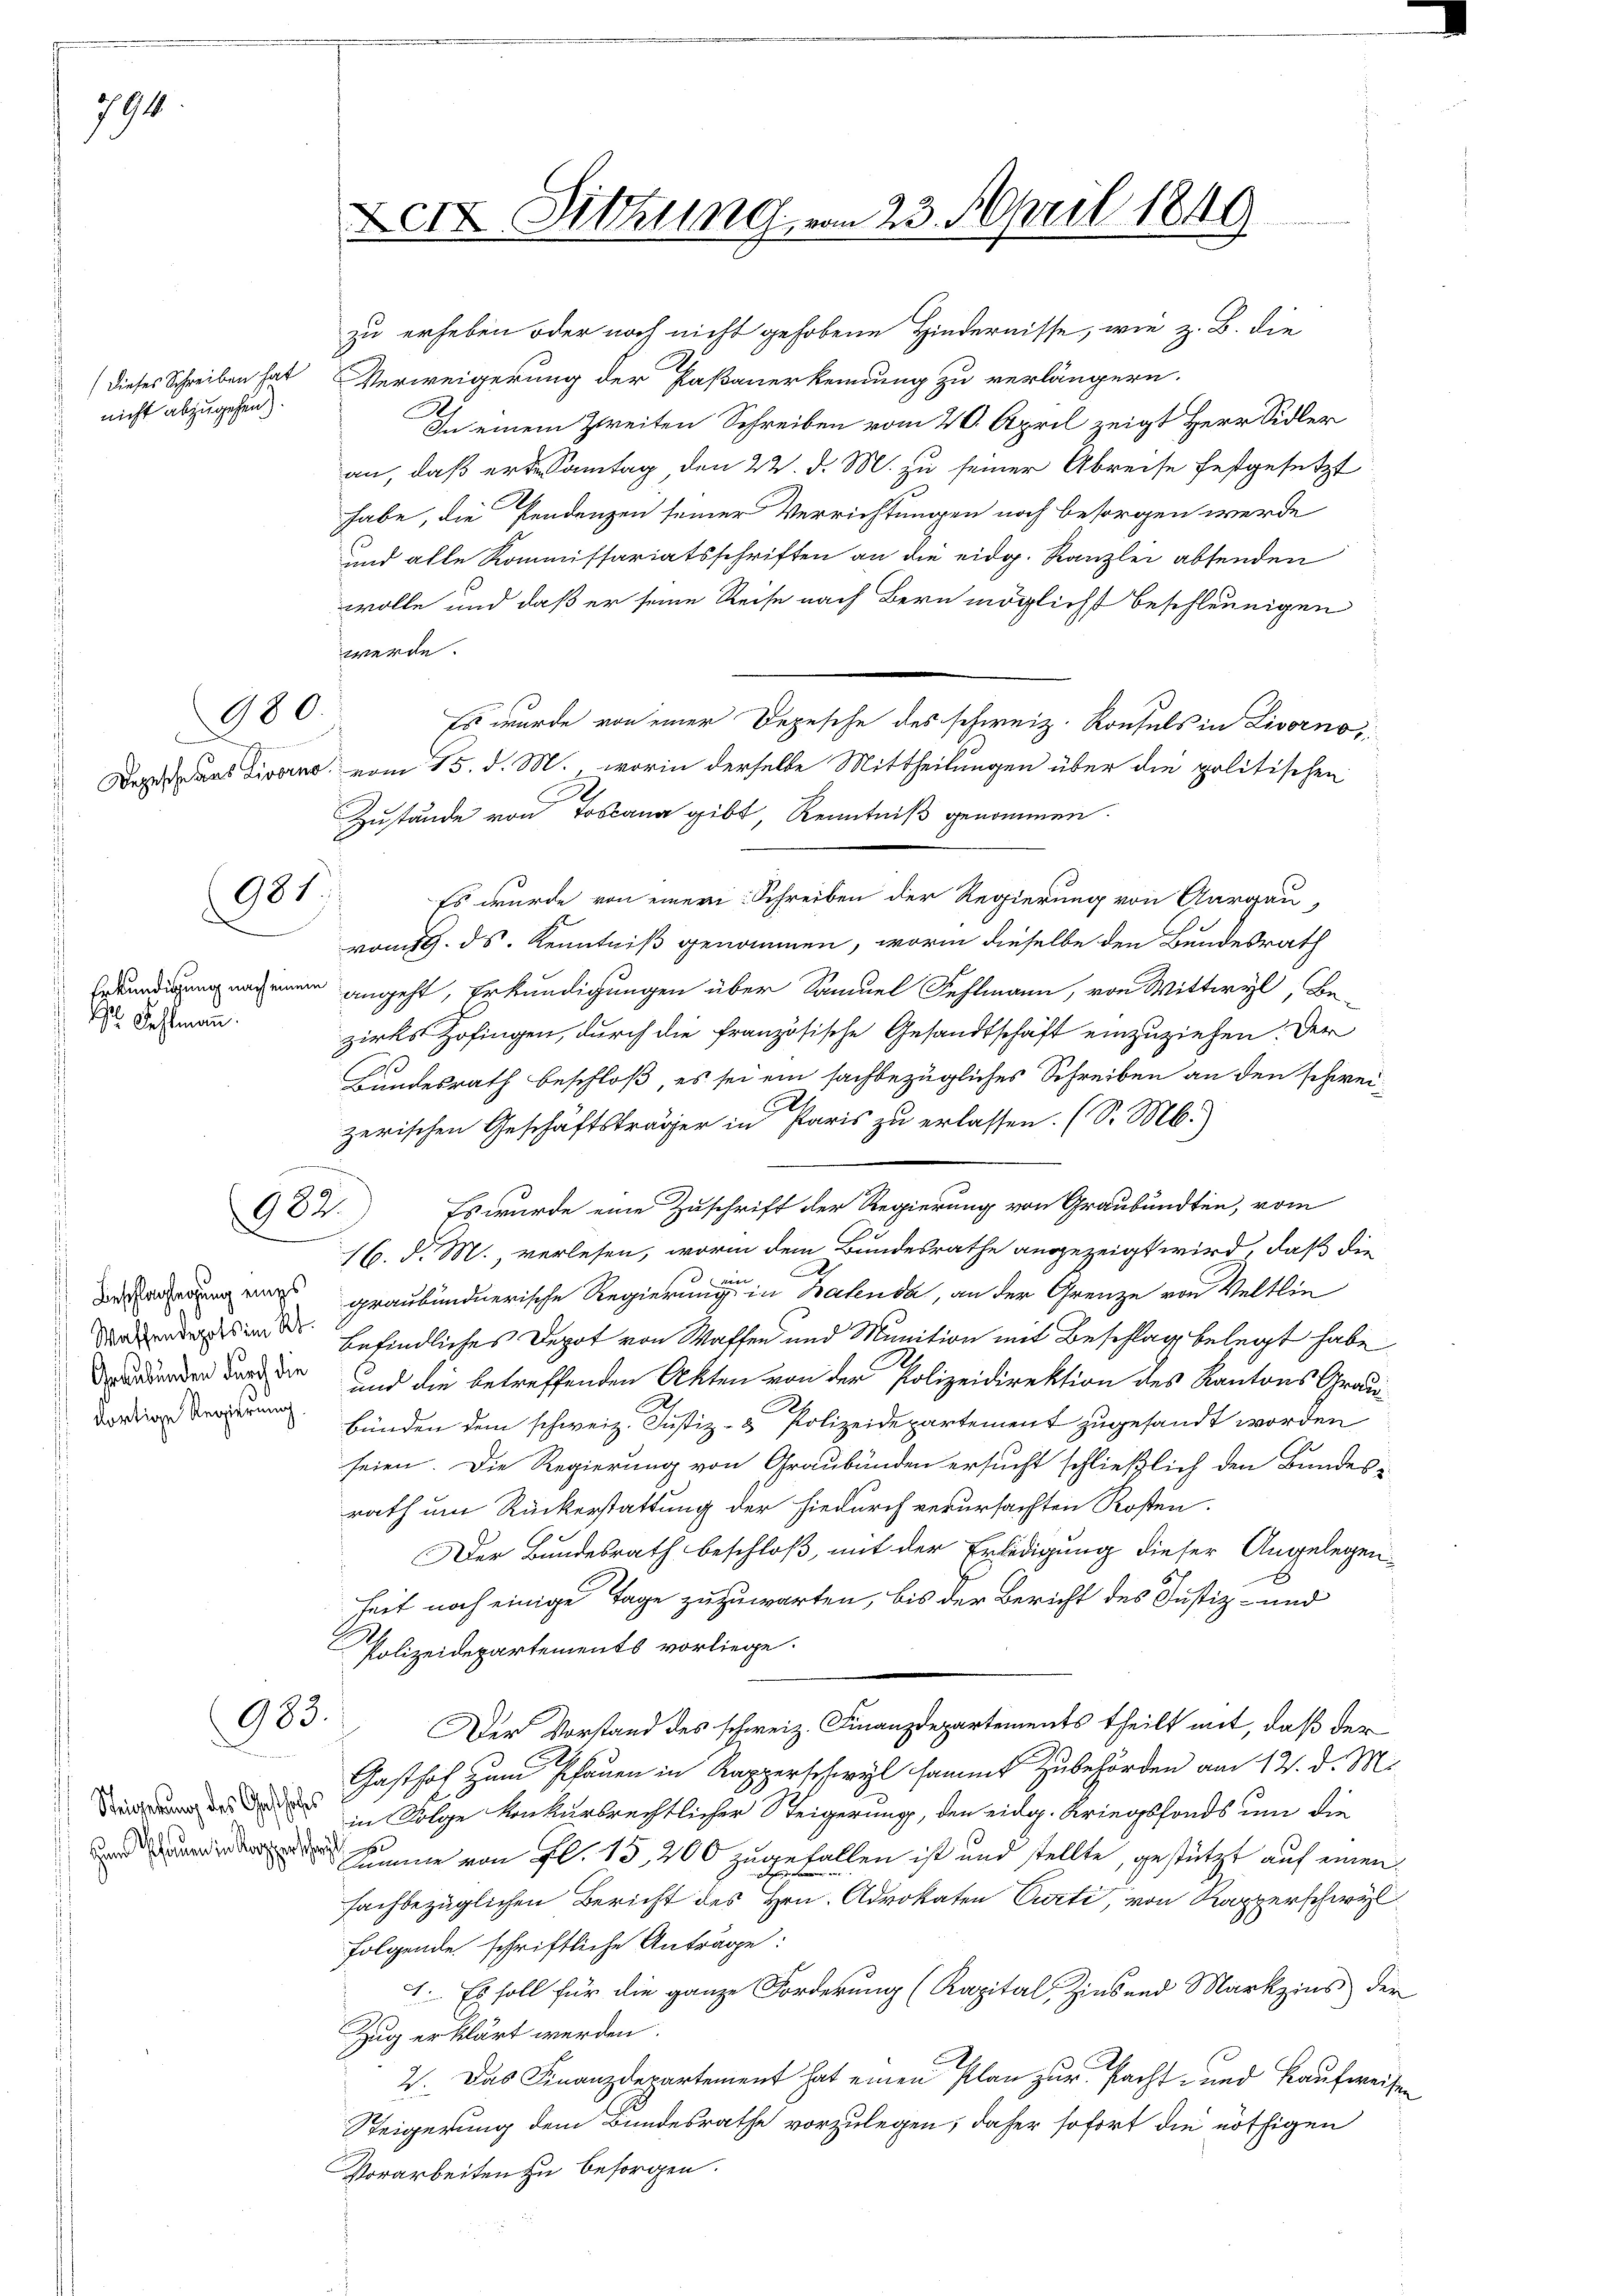
794

(Dieses Schreiben hat
nicht abzugehen.

980.

981

Fehlmann.

Beschlagslegung eines
Graubünden durch die
dortige Regierung.

987.

983.

r

zu erheben oder noch nicht gehobene Hindernisse, wie z. B. die

Fett Sitzung vom 23. April 1849

Verweigerung der Paßauerkennung zu verlängern.
In einem Zweiten Schreiben vom 20. April zeigt Herr Sidler
an, daß er Santag den 22. d. M. zu seiner Abreise festgesetzt
habe, die Pendenzen seiner Verrichtungen noch besorgen werde
und alle Kommissariatsschriften an die eidg. Kanzlei absenden
wolle und daß er seine Reise nach Bern möglichst beschleunigen
werde.
Es wurde von einer Depesche des schweiz. Konsuls in Livorno
Daraus Livorno, vom 15. d. M., worin derselbe Mittheilungen über die politischen
Zustände von Toscana gibt, Kenntniß genommen.
Es wurde von einer Schreiben der Regierung von Aargau,
vom 19. ds. Kenntniß genommen, worin dieselbe den Bundesrath
Erkundigung nach einem angeht, Erkundigungen über Samuel Fehlmann, von Wittwyl, Bezirks Zofingen, durch die französische Gesandtschaft einzuziehen. Der
Bundesrath beschloß, es sei ein sachbezügliches Schreiben an den schweizerischen Geschäftsträger in Paris zu erlassen. (S. M.)
Es wurde eine Zuschrift der Regierung von Graubünden, vom
16. d. M., verlesen, worin dem Bundesrathe angezeigt wird, daß die
E
graubündnerische Regierung in Balenda, an der Grenze von Veltlin
 befindliches Depot von Waffen und Munition mit Beschlag belegt habe.
und die betreffenden Akten von der Polizeidirektion des Kantons Grau
bünden dem schweiz. Justiz- & Polizeidepartement zugesandt worden
seien. Die Regierung von Graubünden ersucht schließlich den Bandes-
rath um Rückerstattung der hiedurch verursachten Kosten.
Der Bundesrath beschloß, mit der Erledigung dieser Angelegen-
x
heit noch einige Tage zuzuwarten, bis der Bericht des Justiz- und
Polizeidepartements vorliege.
Der Vorstand des schweiz. Finanzdepartements theilt mit, daß der
Gasthof zum Pfauen in Kapperswyl sammt Zubehörden am 12. d. M.
  in Folge konkursrechtlicher Steigerung, den eidg. Kriegsfonds um die
d Knie von fl. 15, 200 zugefallen ist und stellte, gestützt auf einen
fachbezüglichen Bericht des Hrn. Advokaten Curti, von Rapperschwyl
folgende schriftliche Antrage:
1. Es soll für die ganze Forderung (Kapital, Zinsend Markzins der
Zug erklärt werden.
2. Das Finanzdepartement hat einen Plan zur Pacht- und Kaufweisen
Steigerung dem Bundesrathe vorzulegen; daher sofort die nöthigen
Vorarbeiten zu besorgen.